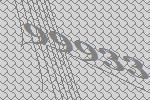
99933